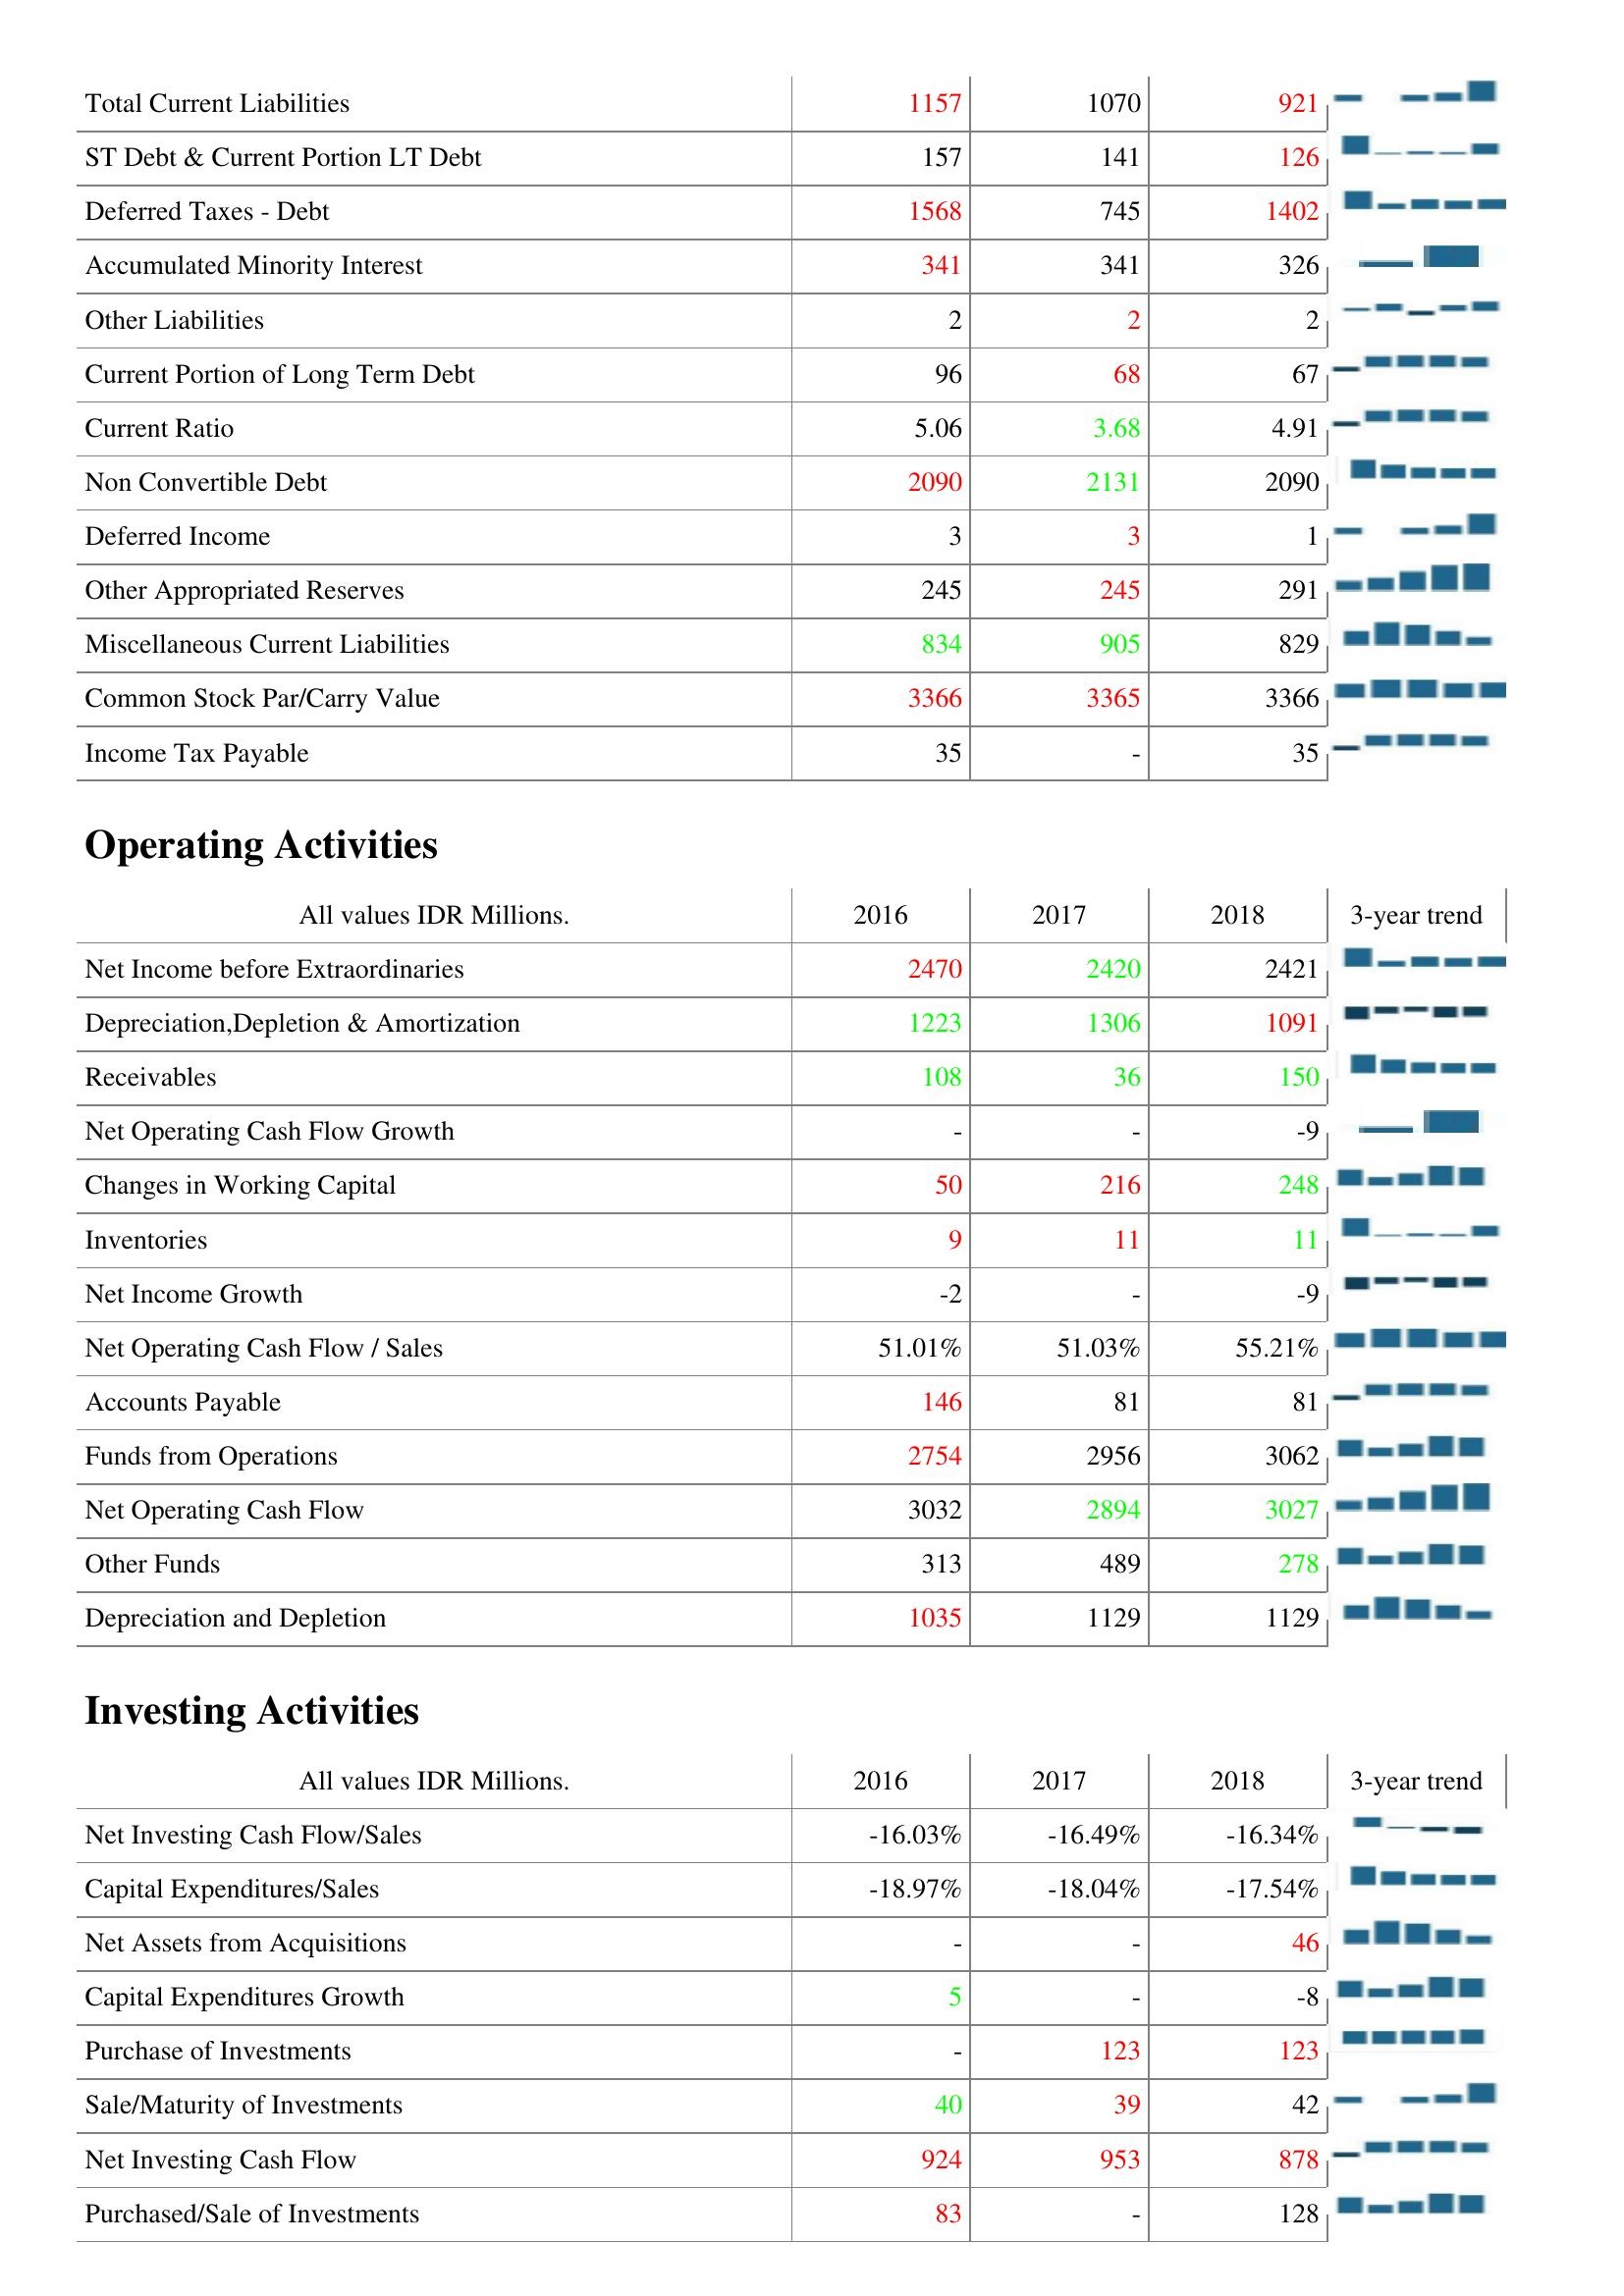
2016: Liabilities & Shareholder's Equity: Total Current Liabilities: 1157
ST Debt & Current Portion LT Debt: 157
Deferred Taxes - Debt: 1568
Accumulated Minority Interest: 341
Other Liabilities: 2
Current Portion of Long Term Debt: 96
Current Ratio: 5.06
Non Convertible Debt: 2090
Deferred Income: 3
Other Appropriated Reserves: 245
Miscellaneous Current Liabilities: 834
Common Stock Par/Carry Value: 3366
Income Tax Payable: 35
Operating Activities: Net Income before Extraordinaries: 2470
Depreciation,Depletion & Amortization: 1223
Receivables: 108
Net Operating Cash Flow Growth: -
Changes in Working Capital: 50
Inventories: 9
Net Income Growth: -2
Net Operating Cash Flow / Sales: 51.01%
Accounts Payable: 146
Funds from Operations: 2754
Net Operating Cash Flow: 3032
Other Funds: 313
Depreciation and Depletion: 1035
Investing Activities: Net Investing Cash Flow/Sales: -16.03%
Capital Expenditures/Sales: -18.97%
Net Assets from Acquisitions: -
Capital Expenditures Growth: 5
Purchase of Investments: -
Sale/Maturity of Investments: 40
Net Investing Cash Flow: 924
Purchased/Sale of Investments: 83
2017: Liabilities & Shareholder's Equity: Total Current Liabilities: 1070
ST Debt & Current Portion LT Debt: 141
Deferred Taxes - Debt: 745
Accumulated Minority Interest: 341
Other Liabilities: 2
Current Portion of Long Term Debt: 68
Current Ratio: 3.68
Non Convertible Debt: 2131
Deferred Income: 3
Other Appropriated Reserves: 245
Miscellaneous Current Liabilities: 905
Common Stock Par/Carry Value: 3365
Income Tax Payable: -
Operating Activities: Net Income before Extraordinaries: 2420
Depreciation,Depletion & Amortization: 1306
Receivables: 36
Net Operating Cash Flow Growth: -
Changes in Working Capital: 216
Inventories: 11
Net Income Growth: -
Net Operating Cash Flow / Sales: 51.03%
Accounts Payable: 81
Funds from Operations: 2956
Net Operating Cash Flow: 2894
Other Funds: 489
Depreciation and Depletion: 1129
Investing Activities: Net Investing Cash Flow/Sales: -16.49%
Capital Expenditures/Sales: -18.04%
Net Assets from Acquisitions: -
Capital Expenditures Growth: -
Purchase of Investments: 123
Sale/Maturity of Investments: 39
Net Investing Cash Flow: 953
Purchased/Sale of Investments: -
2018: Liabilities & Shareholder's Equity: Total Current Liabilities: 921
ST Debt & Current Portion LT Debt: 126
Deferred Taxes - Debt: 1402
Accumulated Minority Interest: 326
Other Liabilities: 2
Current Portion of Long Term Debt: 67
Current Ratio: 4.91
Non Convertible Debt: 2090
Deferred Income: 1
Other Appropriated Reserves: 291
Miscellaneous Current Liabilities: 829
Common Stock Par/Carry Value: 3366
Income Tax Payable: 35
Operating Activities: Net Income before Extraordinaries: 2421
Depreciation,Depletion & Amortization: 1091
Receivables: 150
Net Operating Cash Flow Growth: -9
Changes in Working Capital: 248
Inventories: 11
Net Income Growth: -9
Net Operating Cash Flow / Sales: 55.21%
Accounts Payable: 81
Funds from Operations: 3062
Net Operating Cash Flow: 3027
Other Funds: 278
Depreciation and Depletion: 1129
Investing Activities: Net Investing Cash Flow/Sales: -16.34%
Capital Expenditures/Sales: -17.54%
Net Assets from Acquisitions: 46
Capital Expenditures Growth: -8
Purchase of Investments: 123
Sale/Maturity of Investments: 42
Net Investing Cash Flow: 878
Purchased/Sale of Investments: 128